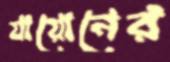
যায়োনের